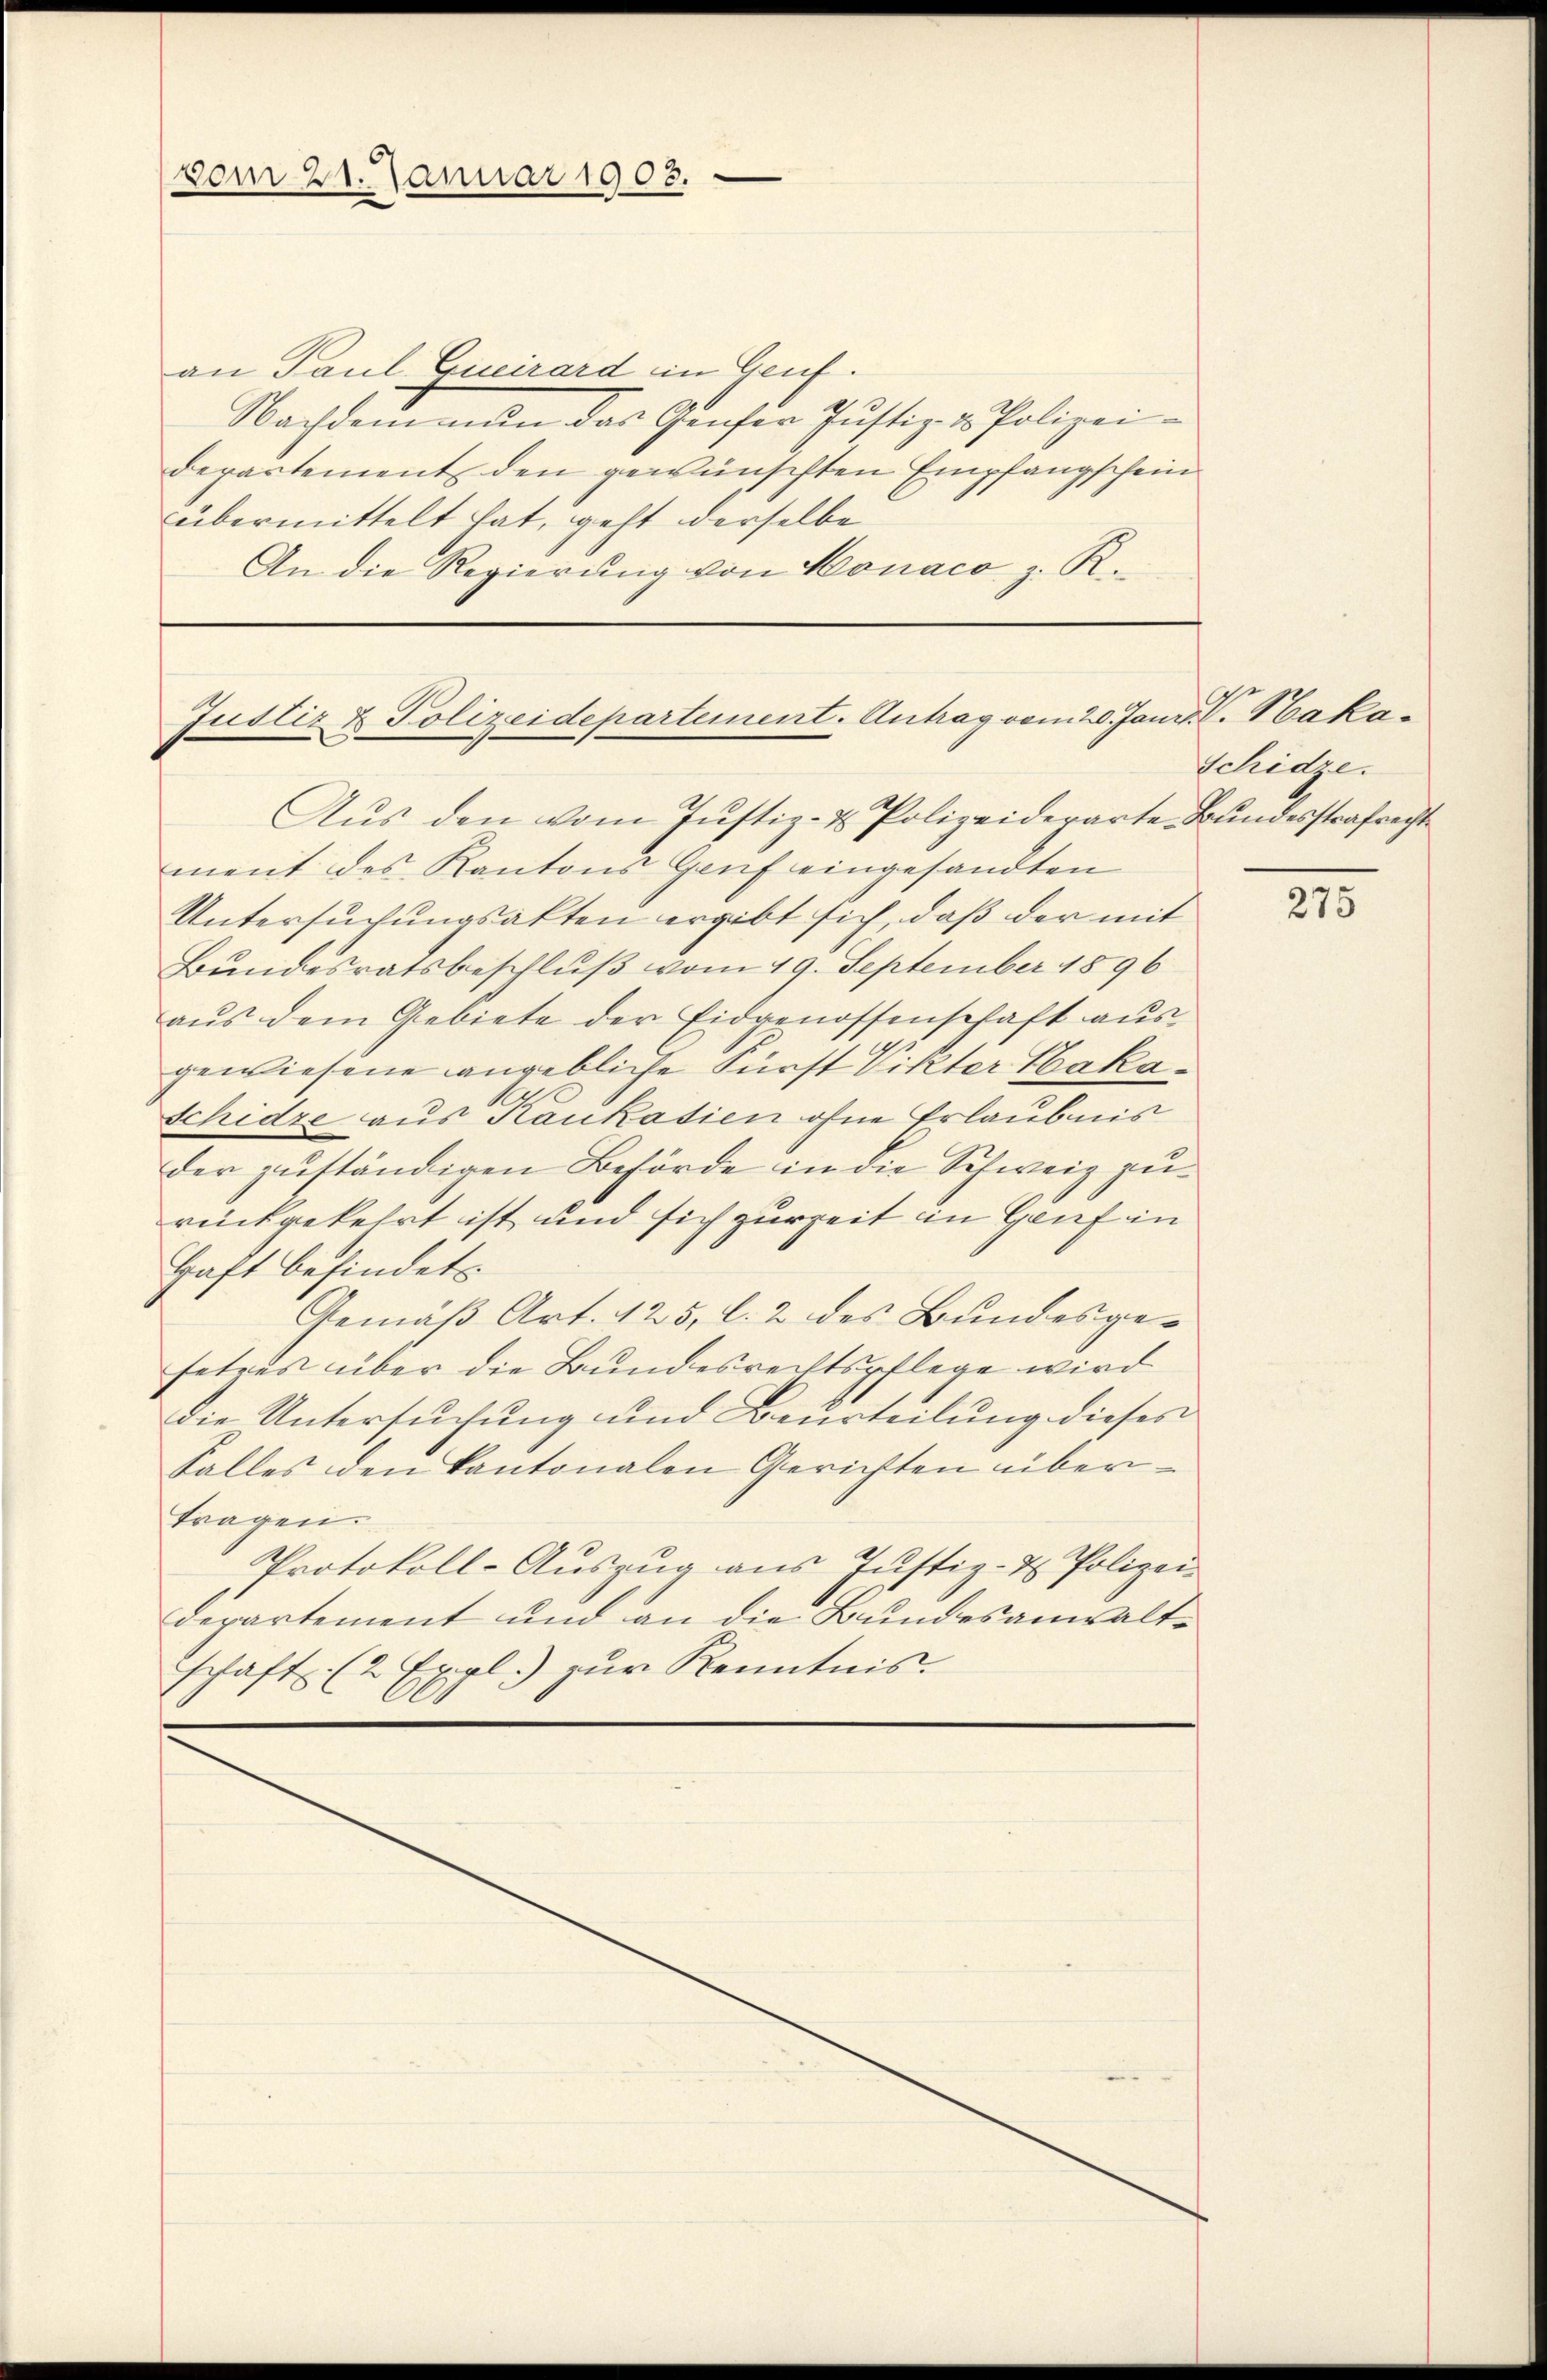
vom 21. Januar 1903.

an Paul Gucirard in Genf.
Nachdem neun das Genfer Justiz- & Polizeidepartement den gewünschten Empfangschein
übermittelt hat, geht derselbe
An die Regierung von Monaco z. R.

Justiz & Polizeidepartement-Antrag vom 20. Janr. V. Haka¬
Aus den vom Justiz- & Polizeideparte Bundesstrafrecht

ment des Kantons Genf eingesandten
Untersuchungsakten ergibt sich, daß der mit
Bundesratsbeschluß vom 29. September 1896
aŭs dem Gebiete der Eidgenossenschaft aus
gewiesene angebliche Fürst Vikter Baka-
Schidre aus Kaukasien ohne Erlaubnis
der zuständigen Behörde in die Schweiz zurückgekehrt ist und sich zur Zeit in Genf in
Haft befindet.
Gemäß Art. 125, l. 2 des Bundesgesetrus über die Bundesrechtspflege wird
Die Untersuchung und Beurteilung dieses
Falles den kantonalen Gerichten übertragen.
Protokoll-Auszug aus Justiz- & Polizei-
departement und an die Bundesanwaltschaft (2 Expl.) zur Kenntnis.

Schidze.

275